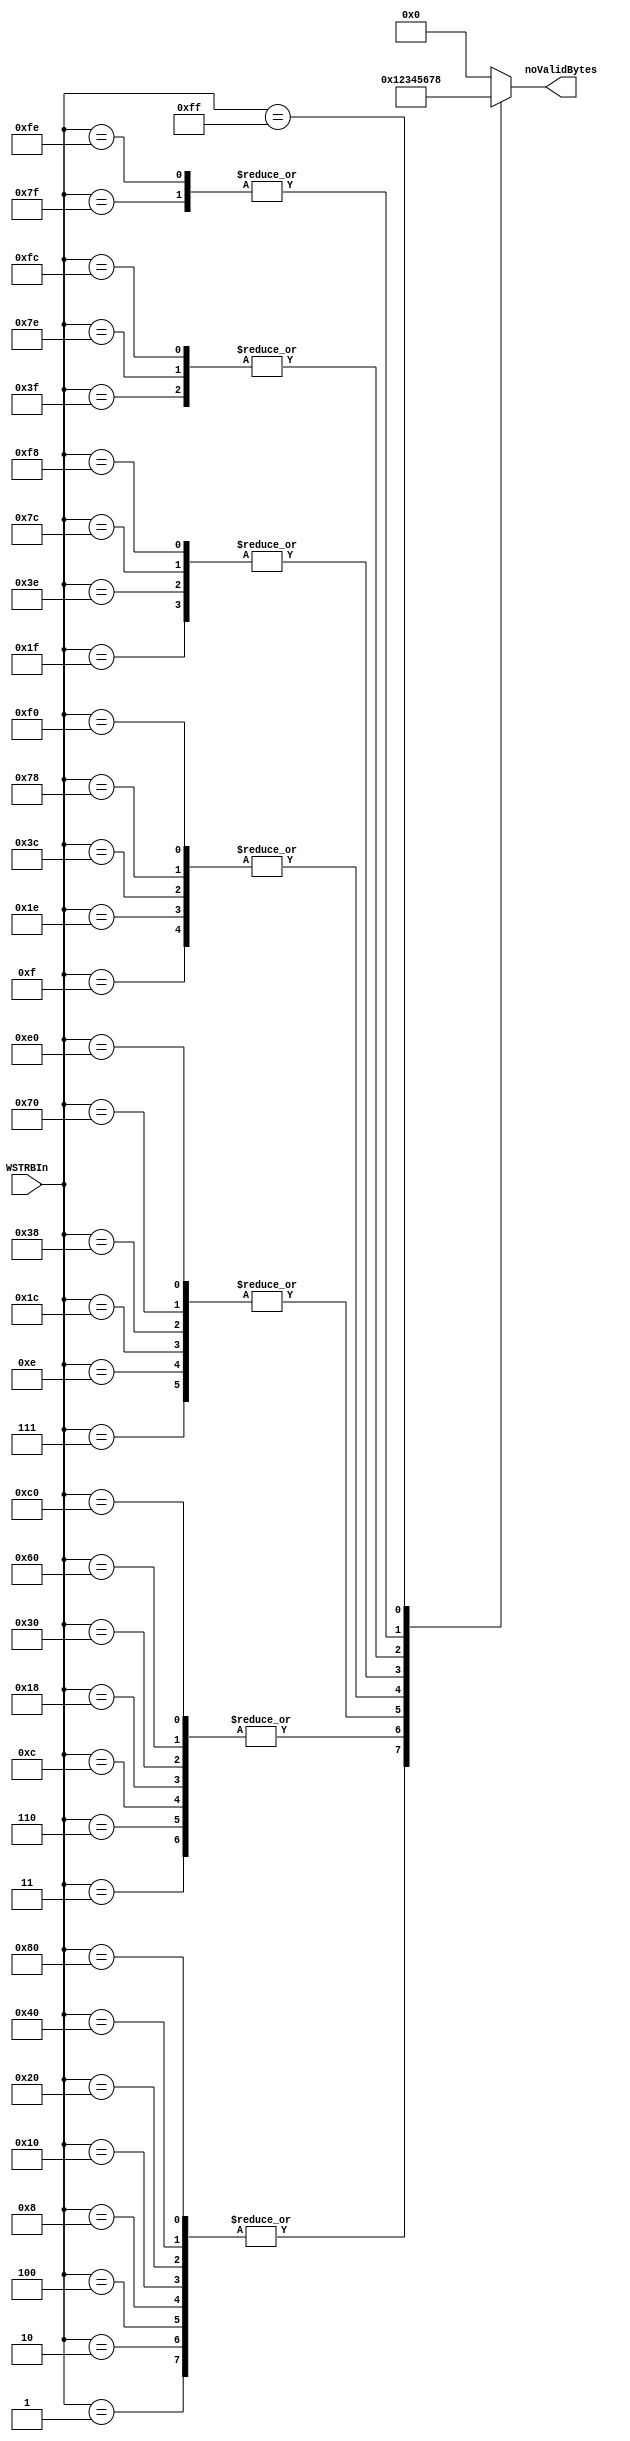
// ****************************************************************************/
// Microsemi Corporation Proprietary and Confidential
// Copyright 2015 Microsemi Corporation.  All rights reserved.
//
// ANY USE OR REDISTRIBUTION IN PART OR IN WHOLE MUST BE HANDLED IN
// ACCORDANCE WITH THE MICROSEMI LICENSE AGREEMENT AND MUST BE APPROVED
// IN ADVANCE IN WRITING.
//
// Description: 
//
// SVN Revision Information:
// SVN $Revision: 27754 $
// SVN $Date: 2016-11-08 08:10:59 +0530 (Tue, 08 Nov 2016) $
//
// Resolved SARs
// SAR      Date     Who   Description
//
// Notes:
//
// ****************************************************************************/
module COREAXITOAHBL_WSTRBPopCntr (
    WSTRBIn,
    noValidBytes
);
////////////////////////////////////////////////////////////////////////////////
// Parameters
////////////////////////////////////////////////////////////////////////////////
parameter AXI_DWIDTH = 64;    // Sets the AXI data width - 32/64.
parameter AXI_STRBWIDTH = 8;  // Sets the AXI strobe width depending on AXI data width.
////////////////////////////////////////////////////////////////////////////////
//
////////////////////////////////////////////////////////////////////////////////

input   [AXI_STRBWIDTH-1:0] WSTRBIn;
output  [3:0]           noValidBytes;

reg     [3:0]           noValidBytes;

////////////////////////////////////////////////////////////////////////////////
// ROM Table - Returns the population count of WSTRB
////////////////////////////////////////////////////////////////////////////////
always @ (*)
begin
    case (WSTRBIn) // 256*4 ROM table
        8'b10000000,8'b01000000,8'b00100000,8'b00010000,8'b00001000,8'b00000100,8'b00000010,8'b00000001: noValidBytes <= 4'd1;
        8'b11000000,8'b01100000,8'b00110000,8'b00011000,8'b00001100,8'b00000110,8'b00000011: noValidBytes <= 4'd2;
        8'b11100000,8'b01110000,8'b00111000,8'b00011100,8'b00001110,8'b00000111: noValidBytes <= 4'd3;
        8'b11110000,8'b01111000,8'b00111100,8'b00011110,8'b00001111: noValidBytes <= 4'd4;
        8'b11111000,8'b01111100,8'b00111110,8'b00011111: noValidBytes <= 4'd5;
        8'b11111100,8'b01111110,8'b00111111: noValidBytes <= 4'd6;
        8'b11111110,8'b01111111: noValidBytes <= 4'd7;
        8'b11111111: noValidBytes <= 4'd8;
        default: noValidBytes <= 4'd0;
    endcase
end

endmodule // COREAXITOAHBL_WSTRBPopCntr